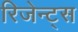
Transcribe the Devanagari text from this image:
रिजेन्ट्स